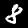
Digit: 8